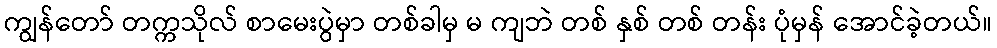
ကျွန်တော် တက္ကသိုလ် စာမေးပွဲမှာ တစ်ခါမှ မ ကျဘဲ တစ် နှစ် တစ် တန်း ပုံမှန် အောင်ခဲ့တယ်။